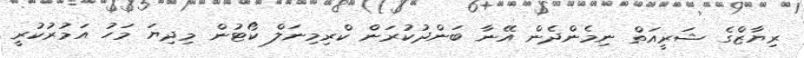
ރިޔާޒްގެ ޝަރީއަތް ނިމެންދެން އޭނާ ބަންދުކުރަން ކްރިމިނަލް ކޯޓުން މިދިޔަ މަހު އަމުރުކުރީ